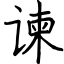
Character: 谏